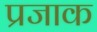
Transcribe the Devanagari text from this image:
प्रजाक